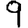
Digit: 9